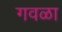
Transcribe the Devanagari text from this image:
गवळा